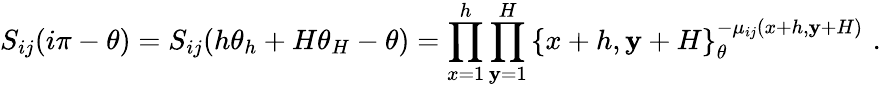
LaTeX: S_{ij}(i\pi-\theta)=S_{ij}(h\theta_{h}+H\theta_{H}-\theta)=\prod_{x=1}^{h}\prod_{\mathbf{y}=1}^{H}\left\{ x+h,\mathbf{y}+H\right\} _{\theta}^{-\mu_{ij}(x+h,\mathbf{y}+H)}\, \, .